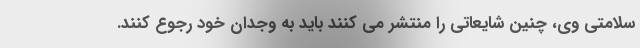
سلامتی وی، چنین شایعاتی را منتشر می کنند باید به وجدان خود رجوع کنند.